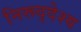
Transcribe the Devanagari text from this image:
निरूद्देश्य